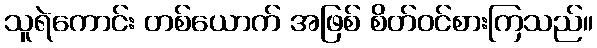
သူရဲကောင်း တစ်ယောက် အဖြစ် စိတ်ဝင်စားကြသည်။